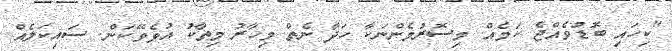
"ކިހައި ބޮޑުވެއްޖެ ކަމެއް. މިސޮރުމެންނަކާ ހަދާ ނެތް މިހާރު މިތާކު އުޅެވޭކަން. ސައިކަލެއް